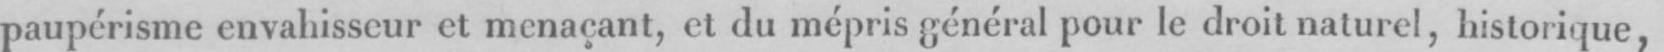
paupérisme envahisseur et menaçant, et du mépris général pour le droit naturel, historique,